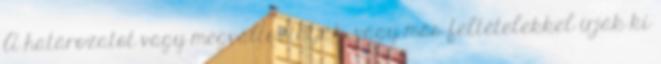
A határozatot vagy megváltoztatják, vagy más feltételekkel írják ki